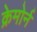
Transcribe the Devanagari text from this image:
क्रेमोर्न